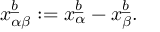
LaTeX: x _ { \alpha \beta } \sp { \underline { { { b } } } } : = x _ { \alpha } \sp { \underline { { { b } } } } - x _ { \beta } \sp { \underline { { { b } } } } .